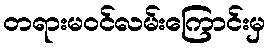
တရားမဝင်လမ်းကြောင်းမှ